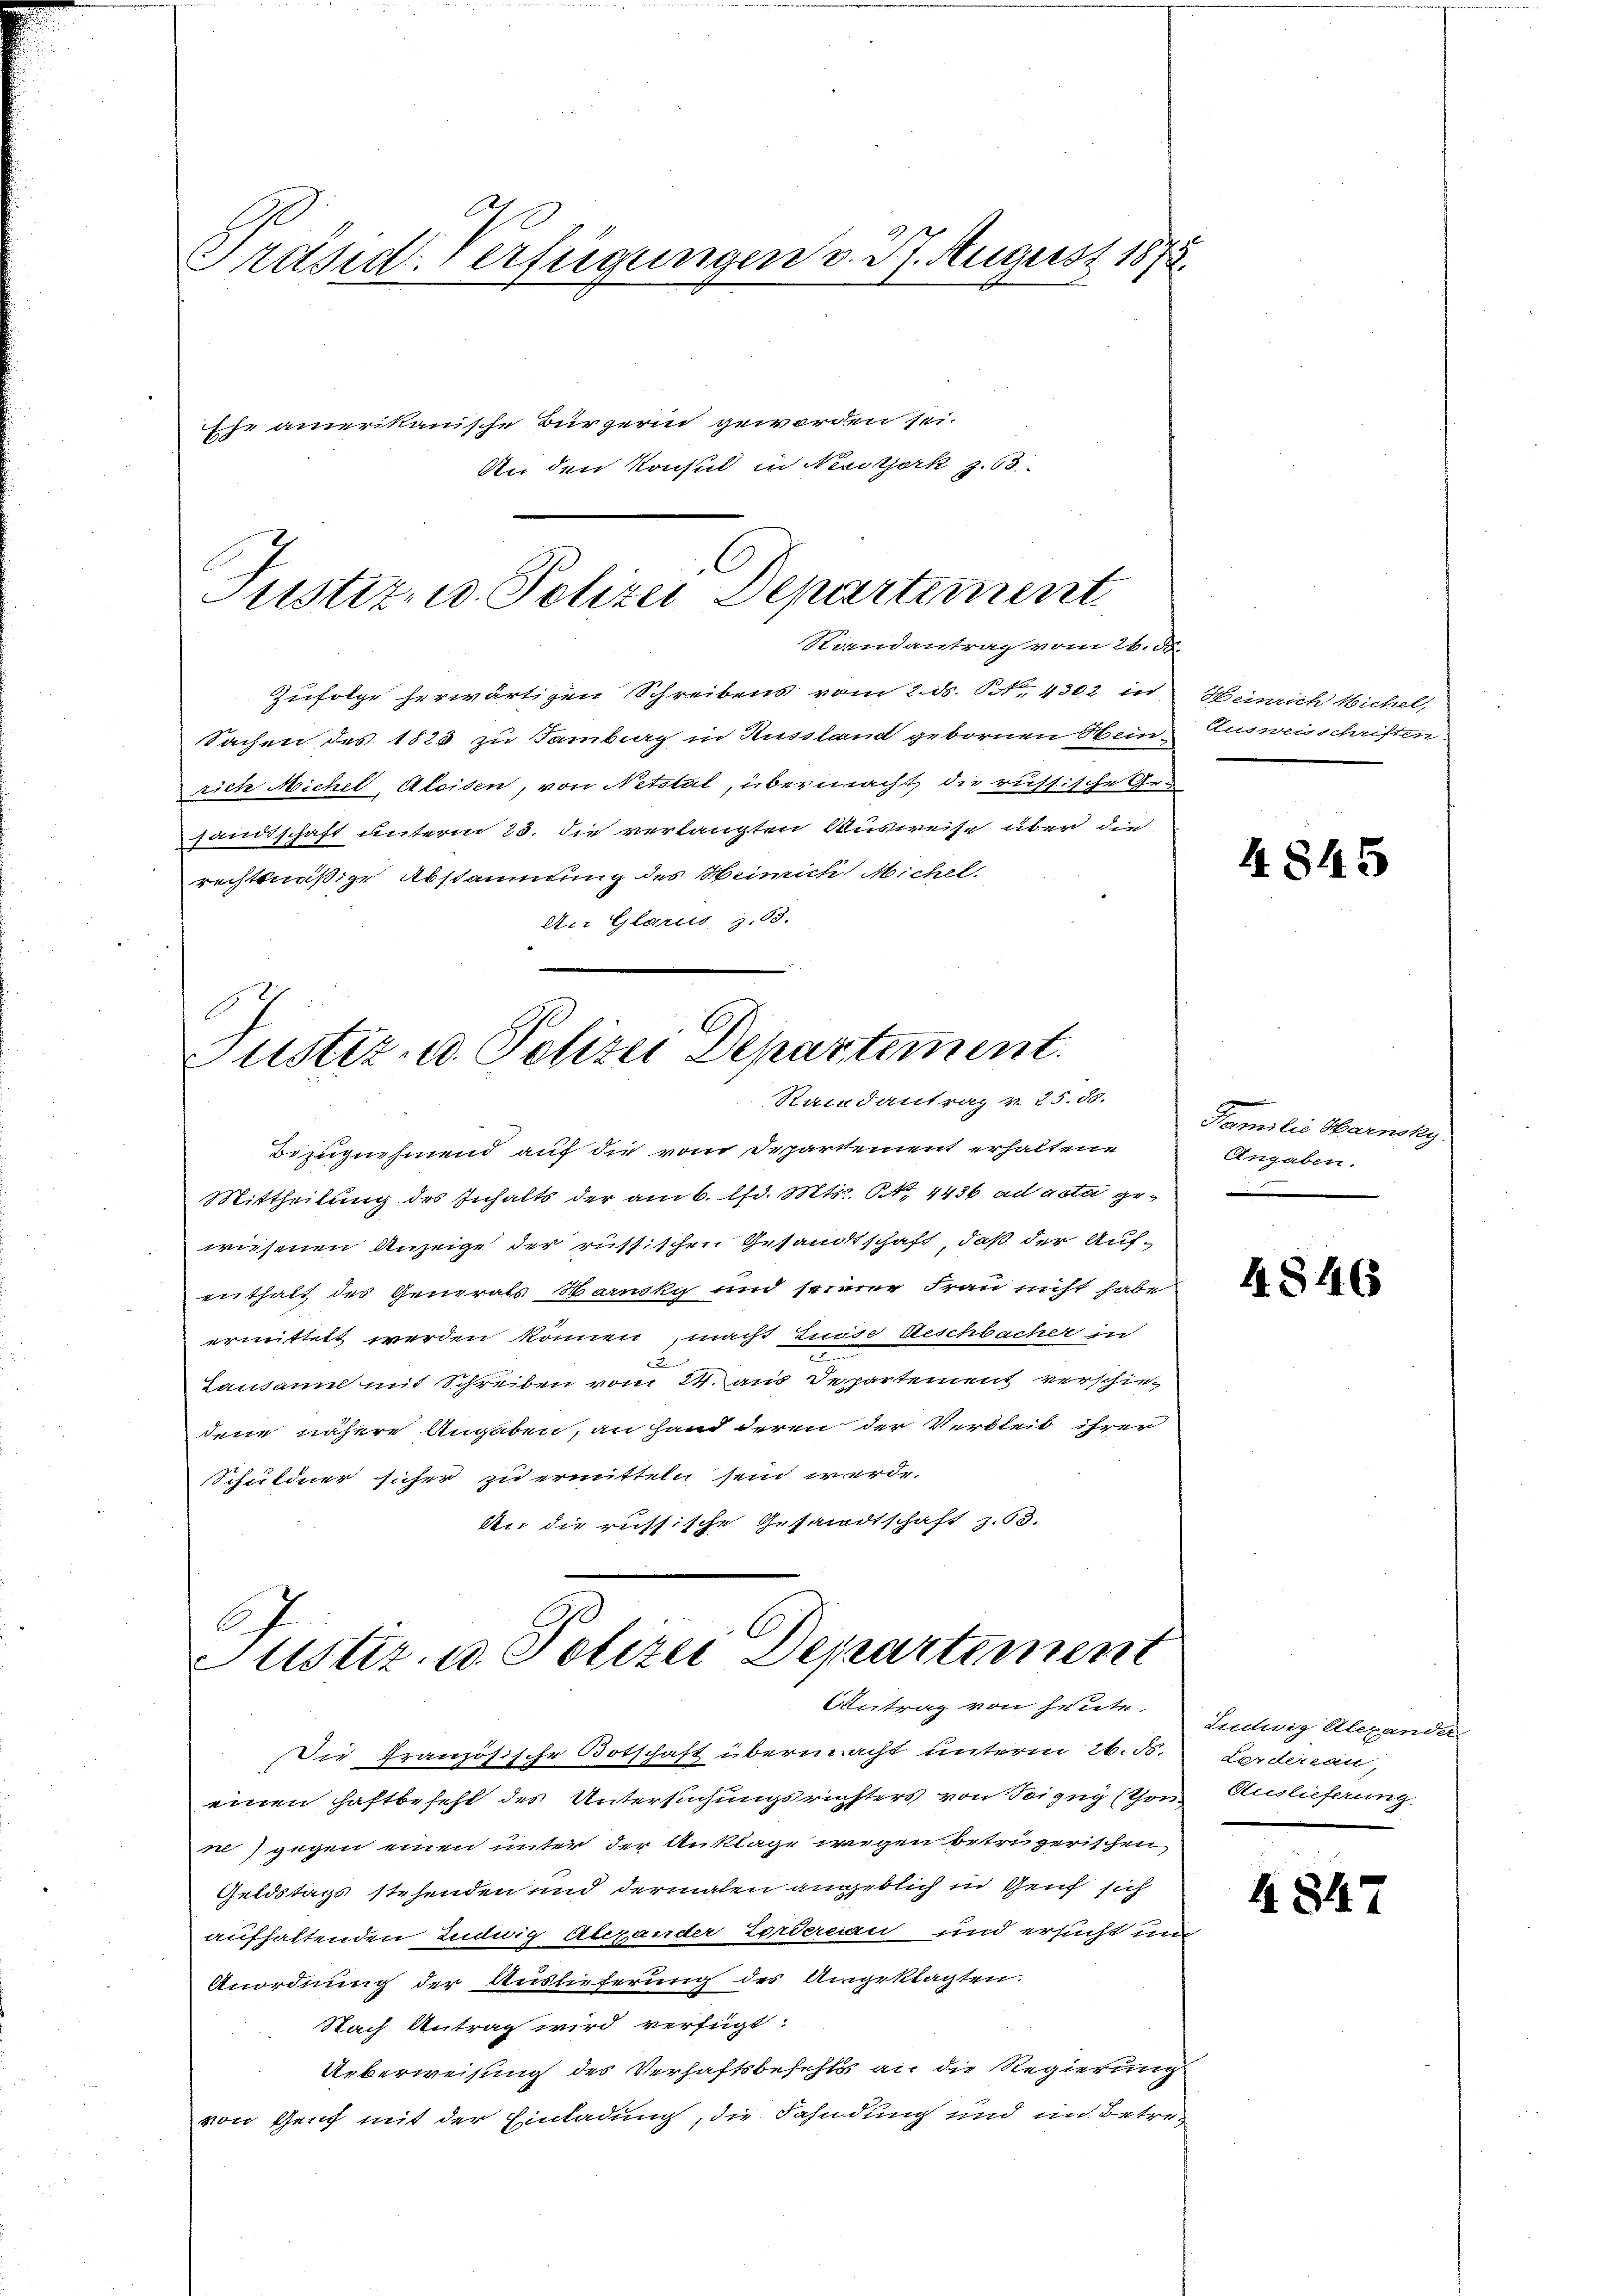
Präsid-Verfügungen v. J. August 1875.

Justiz- u. Polizei Departement
Randantrag vom 26. d.

Ehe amerikanische Bürgerin geworden sei.
An den Konsul in Nestork z. 68

Zufolge herwärtigen Schreibens vom 2. ds. S. 4302 in
Sachen des 1525 zu Tamburg in Russland gebornen Hein-Ausweisschriften.
rich Michel, Aleisen, von Netstal, übermacht die russische Gru
sandtschaft unterm 25. die verlangten Ausweise über die
rechtsnäßige Abstammtung des Heinrich Michel.
An Glarus, z. 13.
e

E
ustiz- u. Polizei Departement.
Randantrag v. 25. 85.

Bezugnehmend auf die vom Departement erhaltene
Mittheilung des Inhalts der am 6. lfd. Mts. S. 4436 ad acta gewiesenen Anzeige der russischen Gesandtschaft, daß der Aufenthalt des Generals Warnsky und seiner Frau nicht habe
ermittelt werden können, macht diese Beschbacher in
2
Causammt mit Schreiben vom 24. aus Departement verschie-
dene nähere Angaben, an Hand deren der Verbleib ihrer
Schuldner sicher zu ermitteln sein werde.
An die russische Gesandtschaft z. 63.

A
Ustiz u. Polizei Departement
Antrag von heute.

Die französische Botschaft übermacht unterm 26. S.
einen Haftbefehl des Untersuchungsrichters von Beizug (Con
ne) gegen einen unter der Anklage wegen betrügerischen
Geldstags stehenden und dermalen angeblich in Genf sich
aufhaltenden Ludwig Alexander Lordernau und ersucht un
Anordnung der Auslieferung des Angeklagten.
Nach Antrag wird verfügt:
Ueberweisung des Verhaftsbefehls an die Regierung
von Genf mit der Einladung, die Fahndung und im Betre¬

Heinrich Michel,

4845

Familie Harnsky
Angaben.

4846

Ludwig Alexander
Lordereau,
Auslieferung.

4847